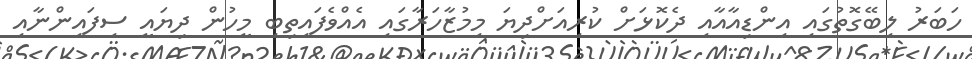
ހަބަރު ލިބޭގޮތުގައި އިންޑިއާއާއި ދެކޮޅަށް ކުރިއަށްދިޔަ މިމުޒާހަރާގައި އެއްވެފައިތިބި މީހުން ދިޔައީ ސިފައިންނާއި